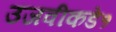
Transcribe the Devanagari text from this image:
उजवीकडे१